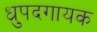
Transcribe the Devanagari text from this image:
ध्रुपदगायक